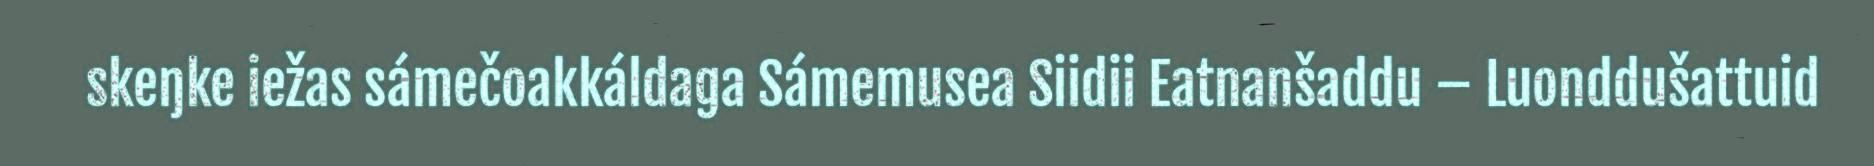
skeŋke iežas sámečoakkáldaga Sámemusea Siidii Eatnanšaddu – Luonddušattuid